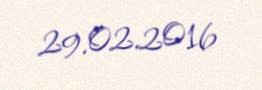
29.02.2016